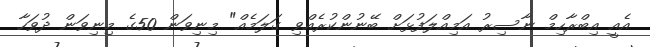
އެއީ އިބްރާހިމް ނާސިރު އަމިއްލަފުޅަށް ބޭނުންކުރެއްވި ގަލަމެއް" މިނިވަން 50ގެ މިނިވަން ދުވަހާ